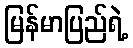
မြန်မာပြည်ရဲ့